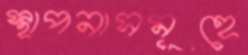
স্থাপনাসমূহে